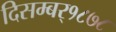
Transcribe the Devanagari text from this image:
दिसम्बर्१८७८